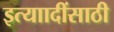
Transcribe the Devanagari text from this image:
इत्याादींसाठी